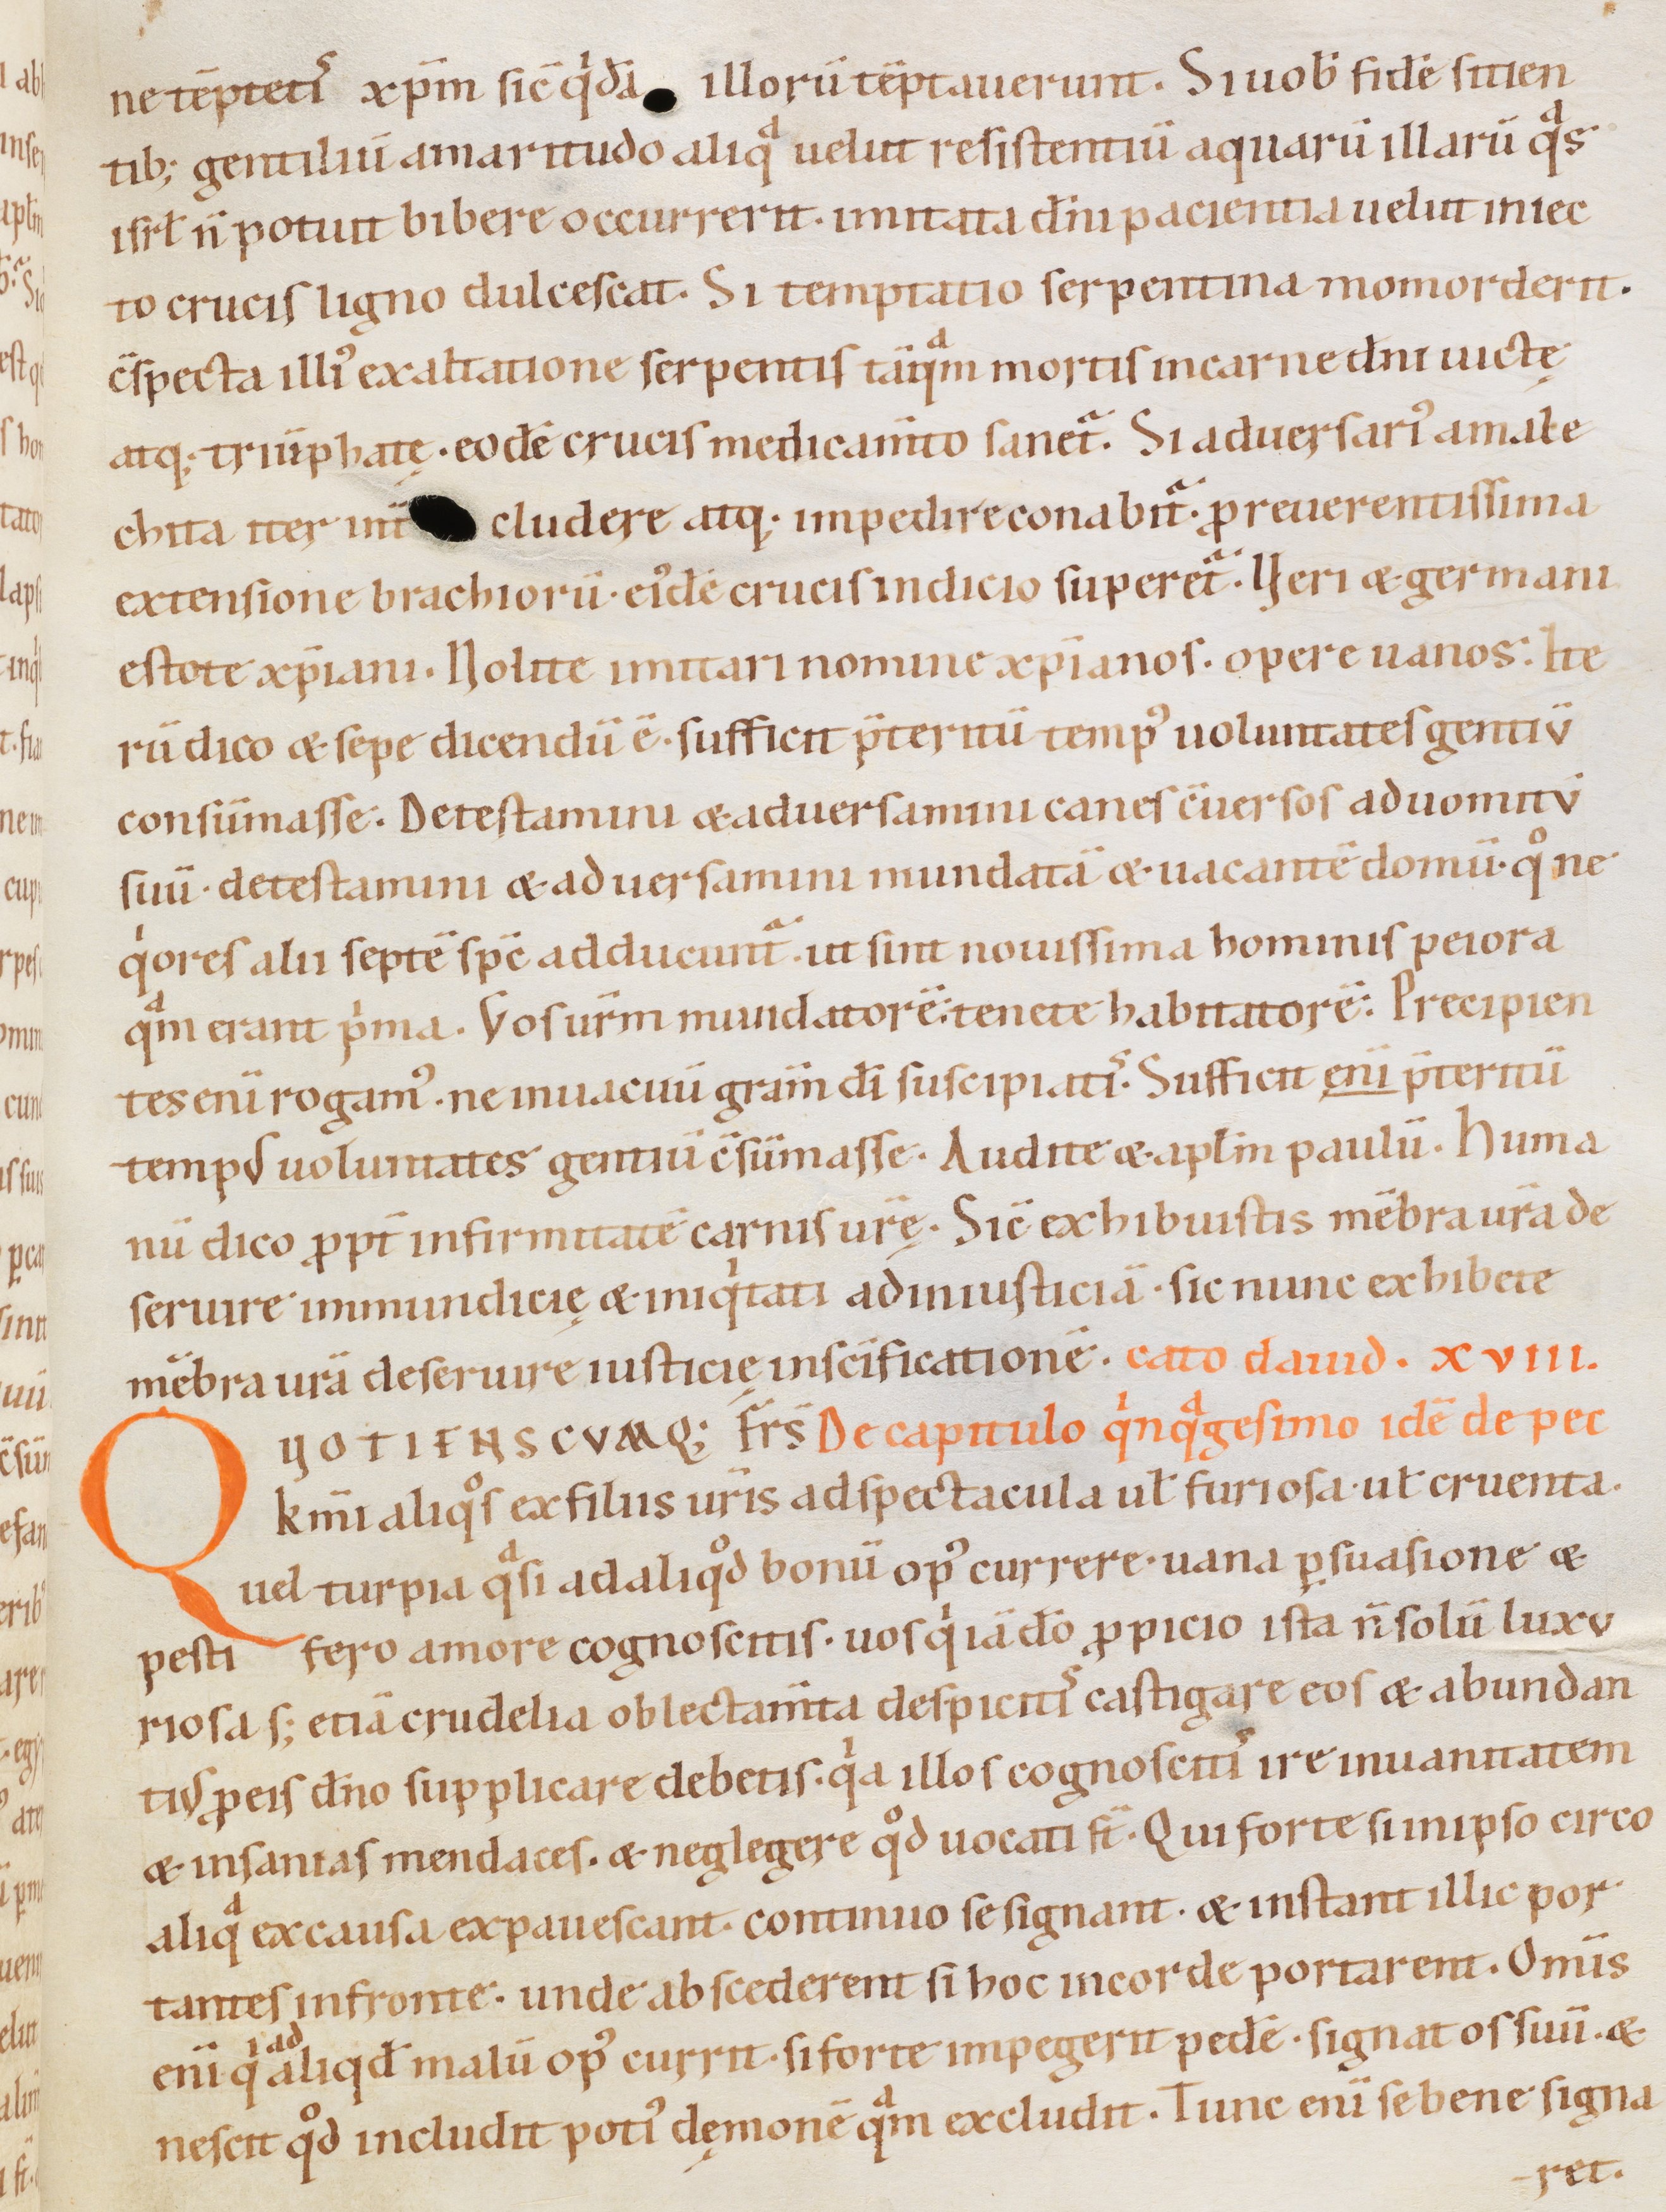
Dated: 1080–1096